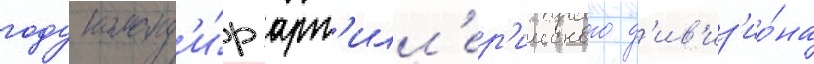
году команд'и́р арт'илл'ер'ииского д'ив'из'ио́на